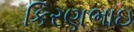
કિરણભાઇ